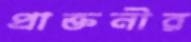
প্রাক্তনীর